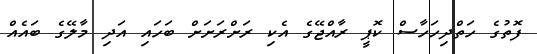
ފޮތުގެ ހަތްދިހަހާސް ކޮޕީ ރާއްޖޭގެ އެކި ރަށްރަށަށް ބަހައި އަދި މާލޭގެ ބައެއް